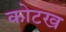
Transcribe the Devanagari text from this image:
कोटख